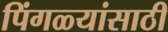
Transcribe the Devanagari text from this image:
पिंगळ्यांसाठी